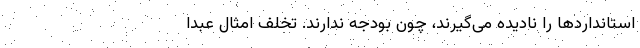
استانداردها را نادیده می‌گیرند، چون بودجه ندارند. تخلف امثال عبدا